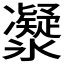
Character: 𠘤